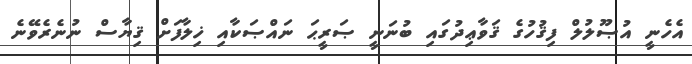
އެހެނީ އުޞޫލުލް ފިޤުހުގެ ޤަވާޢިދުގައި ބުނަނީ ޞަރީޙަ ނައްޞަކާއި ޚިލާފަށް ޤިޔާސް ނުނެރެވޭނެ